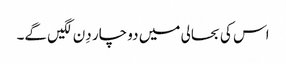
اس کی بحالی میں دو چار دِن لگیں گے۔